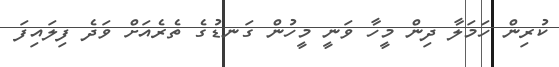
ކުރިން ހަމަލާ ދިން މީހާ ވަނީ މީހުން ގަނޑުގެ ތެރެއަށް ވަދެ ފިލައިފަ